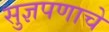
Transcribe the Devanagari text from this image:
सुज्ञपणाचे